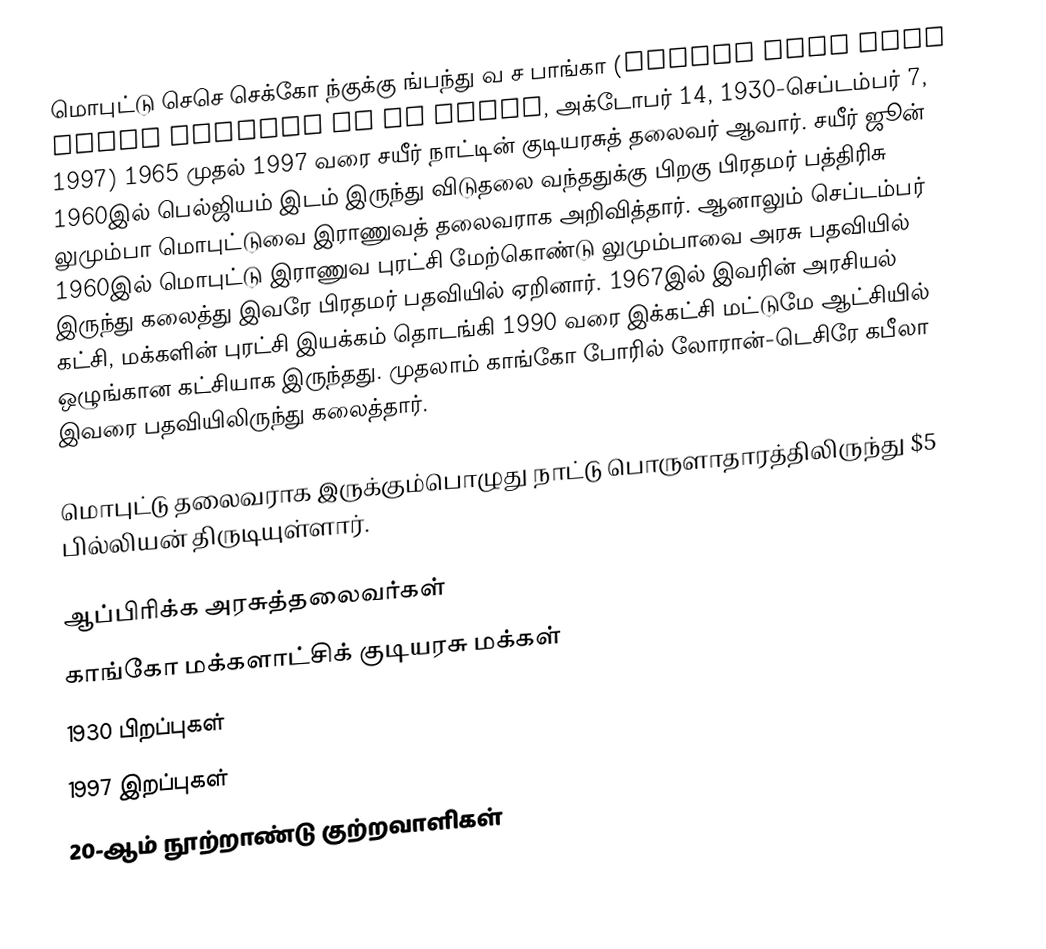
மொபுட்டு செசெ செக்கோ ந்குக்கு ங்பந்து வ ச பாங்கா (Mobutu Sese Seko Nkuku Ngbendu wa za Banga, அக்டோபர் 14, 1930-செப்டம்பர் 7, 1997) 1965 முதல் 1997 வரை சயீர் நாட்டின் குடியரசுத் தலைவர் ஆவார். சயீர் ஜூன் 1960இல் பெல்ஜியம் இடம் இருந்து விடுதலை வந்ததுக்கு பிறகு பிரதமர் பத்திரிசு லுமும்பா மொபுட்டுவை இராணுவத் தலைவராக அறிவித்தார். ஆனாலும் செப்டம்பர் 1960இல் மொபுட்டு இராணுவ புரட்சி மேற்கொண்டு லுமும்பாவை அரசு பதவியில் இருந்து கலைத்து இவரே பிரதமர் பதவியில் ஏறினார். 1967இல் இவரின் அரசியல் கட்சி, மக்களின் புரட்சி இயக்கம் தொடங்கி 1990 வரை இக்கட்சி மட்டுமே ஆட்சியில் ஒழுங்கான கட்சியாக இருந்தது. முதலாம் காங்கோ போரில் லோரான்-டெசிரே கபீலா இவரை பதவியிலிருந்து கலைத்தார்.

மொபுட்டு தலைவராக இருக்கும்பொழுது நாட்டு பொருளாதாரத்திலிருந்து $5 பில்லியன் திருடியுள்ளார்.

ஆப்பிரிக்க அரசுத்தலைவர்கள்
காங்கோ மக்களாட்சிக் குடியரசு மக்கள்
1930 பிறப்புகள்
1997 இறப்புகள்
20-ஆம் நூற்றாண்டு குற்றவாளிகள்